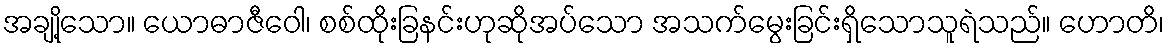
အချို့သော။ ယောဓာဇီဝေါ၊ စစ်ထိုးခြနင်းဟုဆိုအပ်သော အသက်မွေးခြင်းရှိသောသူရဲသည်။ ဟောတိ၊